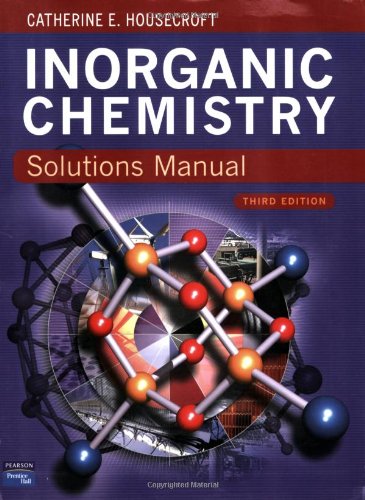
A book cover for Solutions Manual Inorganic Chemistry 3e; Catherine Housecroft; Science & Math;